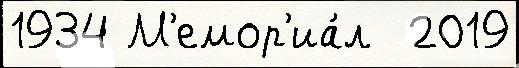
1934 М'емор'иа́л  2019